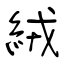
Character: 絨